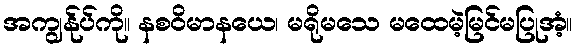
အကျွန်ုပ်ကို။ နစဝိမာနယေ၊ မရိုမသေ မထေမဲ့မြင်မပြုအံ့။